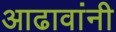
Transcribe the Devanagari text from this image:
आढावांनी